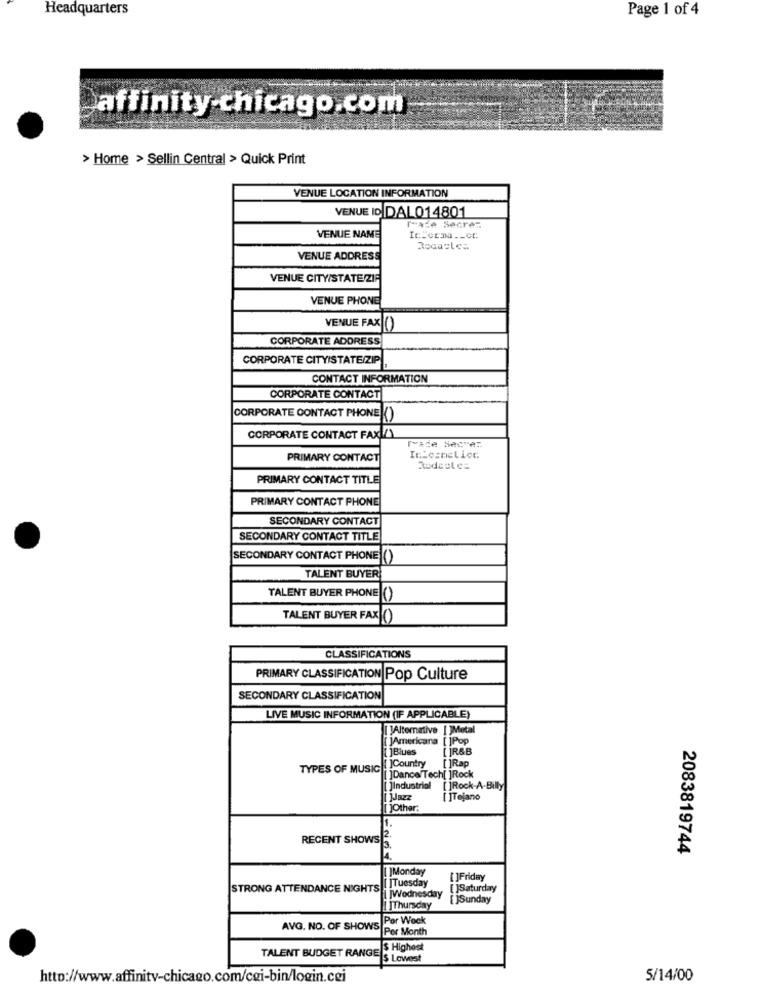
Headquarters
Page 1 of 4
affinity-chicago.com
> Home > Sellin Central > Quick Print
VENUE LOCATION INFORMATION
VENUE ID DAL014801
Praze Secrez
VENUE NAME
VENUE ADDRESS
VENUE CITY/STATE/ZIA
VENUE PHONE
VENUE FAX(()
CORPORATE ADDRESS
CORPORATE CITYISTATE/ZIP
CONTACT INFORMATION
CORPORATE CONTACT
CORPORATE CONTACT PHONE ()
CORPORATE CONTACT FAXILY
PRIMARY CONTACT
Roduet ca
PRIMARY CONTACT TITLE
PRIMARY CONTACT PHONE
SECONDARY CONTACT
SECONDARY CONTACT TITLE
SECONDARY CONTACT PHONE ()
TALENT BUYER
TALENT BUYER PHONE ()
TALENT BUYER FAX(()
CLASSIFICATIONS
PRIMARY CLASSIFICATION Pop Culture
SECONDARY CLASSIFICATION
LIVE MUSIC INFORMATION (IF APPLICABLE)
[ )Alternative [ ]Metal
[ ]Americana [ ]Pop
]Blues
[ ]R&B
TYPES OF MUSIC
[]Country []Rap
]Dance/Tech[ ]Rock
[ ]Industrial [ ]Rock-A-Billy
[ ]Tejano
[ ]Other:
1.
RECENT SHOWS
2083819744
[ ]Monday
[ ]Tuesday
[]Friday
STRONG ATTENDANCE NIGHTS
[ ]Saturday
MWednesday
JSunday
[]Thursday
AVG. NO. OF SHOWS Per Week
Per Month
TALENT BUDGET RANGE
$ Highest
ES Lowest
http://www.affinitv-chicago.com/cgi-bin/login.cei
5/14/00